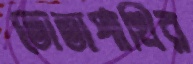
তোতাপাখির